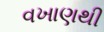
વખાણથી